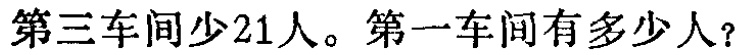
第三车间少21人。第一车间有多少人？